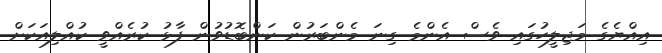
އިއްޔެގެ މަޖިލީހުގައި ވެސް އެންމެ ގިނަ މެންބަރުން ކަންބޮޑުވުން ފާޅު ކުރެއްވީ ކުއްލިއަކަށް